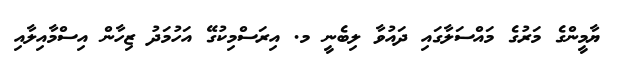
ޔާމީންގެ މަރުގެ މައްސަލާގައި ދައުވާ ލިބެނީ މ. އިރަސްމިކުގޭ އަހުމަދު ޒިހާން އިސްމާއިލާއި